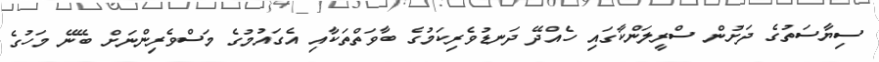
ސިޔާސަތުގެ ދަށުން ސްރީލަންކާގައި ހެއްދޭ ދަނޑުވެރިކަމުގެ ބާވަތްތަކާއި އެގައުމުގެ މަސްވެރިންނަށް ބޭނޭ މަހުގެ